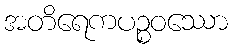
အတိရေကပဉ္စဝဿော